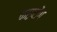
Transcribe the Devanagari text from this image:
काइटोंग